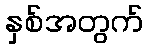
နှစ်အတွက်